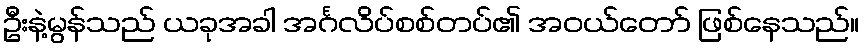
ဦးနဲ့မွန်သည် ယခုအခါ အင်္ဂလိပ်စစ်တပ်၏ အဝယ်တော် ဖြစ်နေသည်။